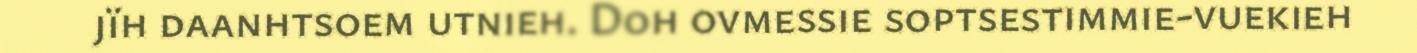
jïh daanhtsoem utnieh. Doh ovmessie soptsestimmie-vuekieh